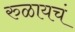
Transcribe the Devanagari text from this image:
रुळायचं